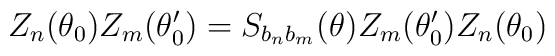
Z_{n}(\theta _{0})Z_{m}(\theta _{0}^{\prime })=S_{b_{n}b_{m}}(\theta)Z_{m}(\theta _{0}^{\prime })Z_{n}(\theta _{0})